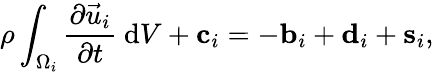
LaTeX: \rho\int_{\Omega_{i}}\frac{\partial\vec{u}_{i}}{\partial t}\ \mathrm{d}V+\mathbf{{c}}_{i}=-\mathbf{{b}}_{i}+\mathbf{{d}}_{i}+\mathbf{{s}}_{i},